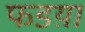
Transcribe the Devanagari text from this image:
फडय़ा